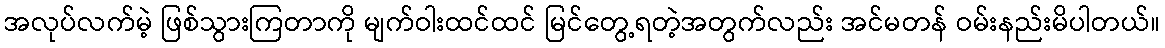
အလုပ်လက်မဲ့ ဖြစ်သွားကြတာကို မျက်ဝါးထင်ထင် မြင်တွေ့ရတဲ့အတွက်လည်း အင်မတန် ဝမ်းနည်းမိပါတယ်။